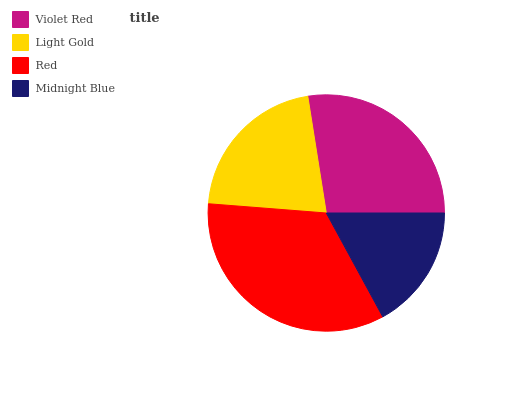
| Violet Red | Light Gold | Red | Midnight Blue |
 | --- | --- | --- | --- |
 | 27.5% | 21.3% | 34.2% | 17% |